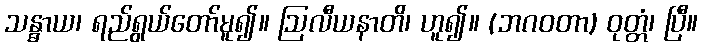
သန္ဓာယ၊ ရည်ရွယ်တော်မူ၍။ ဩလီယနာတိ၊ ဟူ၍။ (ဘဂဝတာ) ဝုတ္တံ၊ ပြီ။